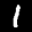
Label: 1